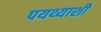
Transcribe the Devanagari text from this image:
पयथ्याशी